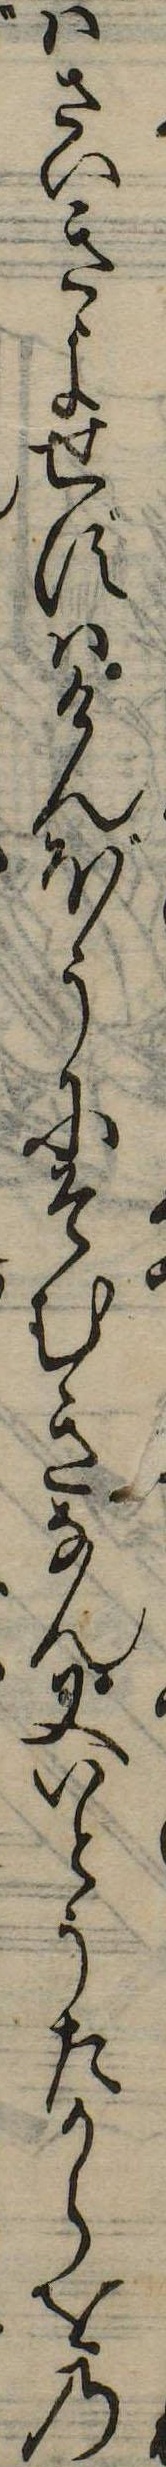
はさいきよせずはけんほうにそむきなん又いとうたからをの